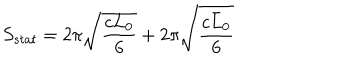
LaTeX: S _ { s t a t } = 2 \pi \sqrt { \frac { c L _ { 0 } } { 6 } } + 2 \pi \sqrt { \frac { c \bar { L } _ { 0 } } { 6 } }